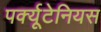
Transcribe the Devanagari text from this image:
पर्क्यूटेनियस